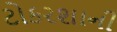
ટોકરશાની